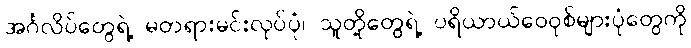
အင်္ဂလိပ်တွေရဲ့ မတရားမင်းလုပ်ပုံ၊ သူတို့တွေရဲ့ ပရိယာယ်ဝေဝုစ်များပုံတွေကို